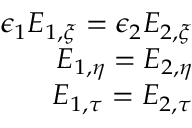
\begin{array} { r } { \epsilon _ { 1 } E _ { 1 , \xi } = \epsilon _ { 2 } E _ { 2 , \xi } } \\ { E _ { 1 , \eta } = E _ { 2 , \eta } } \\ { E _ { 1 , \tau } = E _ { 2 , \tau } } \end{array}